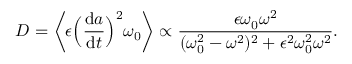
D = \bigg \langle \epsilon \Big ( \frac { \mathrm { d } a } { \mathrm { d } t } \Big ) ^ { 2 } \omega _ { 0 } \bigg \rangle \propto \frac { \epsilon \omega _ { 0 } \omega ^ { 2 } } { ( \omega _ { 0 } ^ { 2 } - \omega ^ { 2 } ) ^ { 2 } + \epsilon ^ { 2 } \omega _ { 0 } ^ { 2 } \omega ^ { 2 } } .